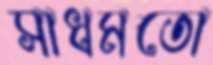
সাধমতো